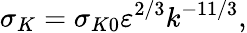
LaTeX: \sigma_{K}=\sigma_{K0}\varepsilon^{2/3}k^{-11/3},